Indian journal of veterinary science and animal husbandry - Volumes 22-23, 1952-1953
Year: 1952
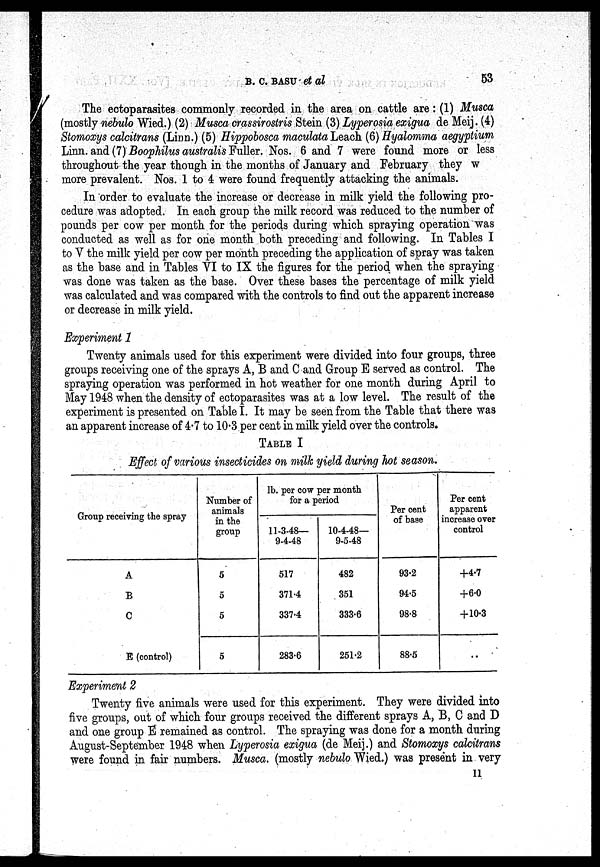
B. C. BASU et al
53
The ectoparasites commonly recorded in the area on cattle are: (1) Musca
(mostly nebulo Wied.) (2) Musca crassirostris Stein (3) Lyperosia exigua de Meij. (4)
Stomoxys calcitrans (Linn.) (5) Hippobosca maculata Leach (6) Hyalomma aegyptium
Linn. and (7) Boophilus australis Fuller. Nos. 6 and 7 were found more or less
throughout the year though in the months of January and February they w
more prevalent. Nos. 1 to 4 were found frequently attacking the animals.
In order to evaluate the increase or decrease in milk yield the following pro-
cedure was adopted. In each group the milk record was reduced to the number of
pounds per cow per month for the periods during which spraying operation was
conducted as well as for one month both preceding and following. In Tables I
to V the milk yield per cow per month preceding the application of spray was taken
as the base and in Tables VI to IX the figures for the period when the spraying
was done was taken as the base. Over these bases the percentage of milk yield
was calculated and was compared with the controls to find out the apparent increase
or decrease in milk yield.
Experiment 1
Twenty animals used for this experiment were divided into four groups, three
groups receiving one of the sprays A, B and C and Group E served as control. The
spraying operation was performed in hot weather for one month during April to
May 1948 when the density of ectoparasites was at a low level. The result of the
experiment is presented on Table I. It may be seen from the Table that there was
an apparent increase of 4.7 to 10.3 per cent in milk yield over the controls.
TABLE I
Effect of various insecticides on milk yield during hot season.
Group
receiving the spray
A
B
C
E (control)
Number of
animals
in the
group
5
5
5
5
lb. per com per month
for a period
11-3-48—
9-4-48
517
371.4
337.4
283.6
10-4-48—
9-5-48
482
351
333.6
251.2
Per cent
of base
93.2
94.5
98.8
88.5
Per cent
apparent
increase over
control
+4.7
+6.0
+10.3
..
Experiment 2
Twenty five animals were used for this experiment. They were divided into
five groups, out of which four groups received the different sprays A, B, C and D
and one group E remained as control. The spraying was done for a month during
August-September 1948 when Lyperosia exigua (de Meij.) and Stomoxys calcitrans
were found in fair numbers. Musca. (mostly nebulo Wied.) was present in very
11